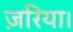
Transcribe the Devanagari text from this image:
ज़रिया।